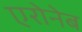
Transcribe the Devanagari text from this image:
एरोनेब